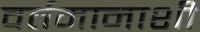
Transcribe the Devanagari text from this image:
वर्तमानाशी